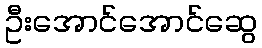
ဦးအောင်အောင်ဆွေ